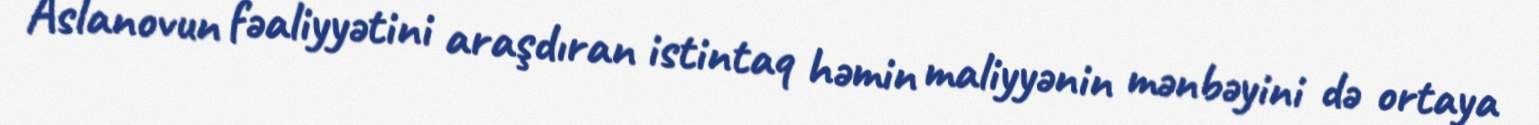
Aslanovun fəaliyyətini araşdıran istintaq həmin maliyyənin mənbəyini də ortaya